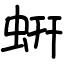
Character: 蚈